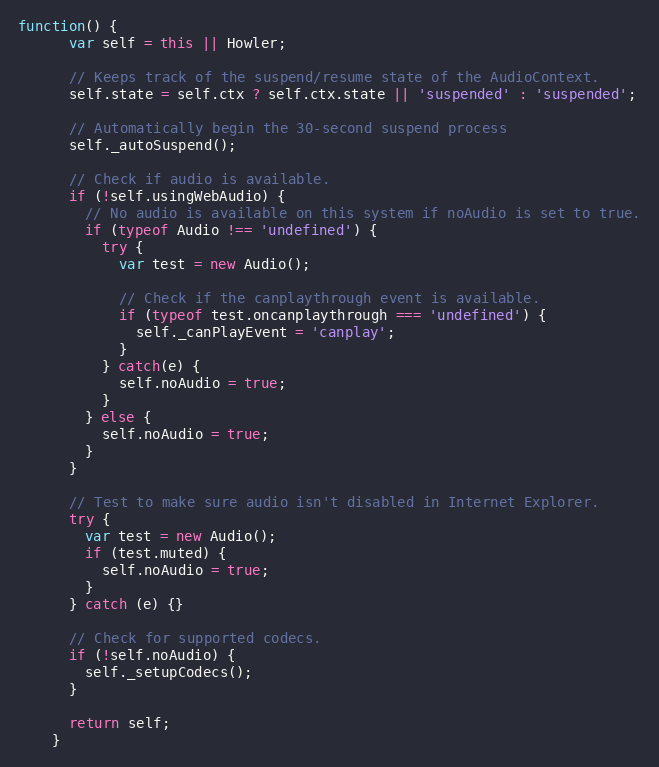
Language: JavaScript
function() {
      var self = this || Howler;

      // Keeps track of the suspend/resume state of the AudioContext.
      self.state = self.ctx ? self.ctx.state || 'suspended' : 'suspended';

      // Automatically begin the 30-second suspend process
      self._autoSuspend();

      // Check if audio is available.
      if (!self.usingWebAudio) {
        // No audio is available on this system if noAudio is set to true.
        if (typeof Audio !== 'undefined') {
          try {
            var test = new Audio();

            // Check if the canplaythrough event is available.
            if (typeof test.oncanplaythrough === 'undefined') {
              self._canPlayEvent = 'canplay';
            }
          } catch(e) {
            self.noAudio = true;
          }
        } else {
          self.noAudio = true;
        }
      }

      // Test to make sure audio isn't disabled in Internet Explorer.
      try {
        var test = new Audio();
        if (test.muted) {
          self.noAudio = true;
        }
      } catch (e) {}

      // Check for supported codecs.
      if (!self.noAudio) {
        self._setupCodecs();
      }

      return self;
    }